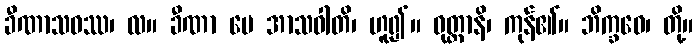
ခီဏာသဝဿ၊ လ။ ခီဏာ မေ အာသဝါတိ၊ ဟူ၍။ ဝုတ္တာနိ၊ ကုန်၏။ ဘိက္ခဝေ၊ တို့။